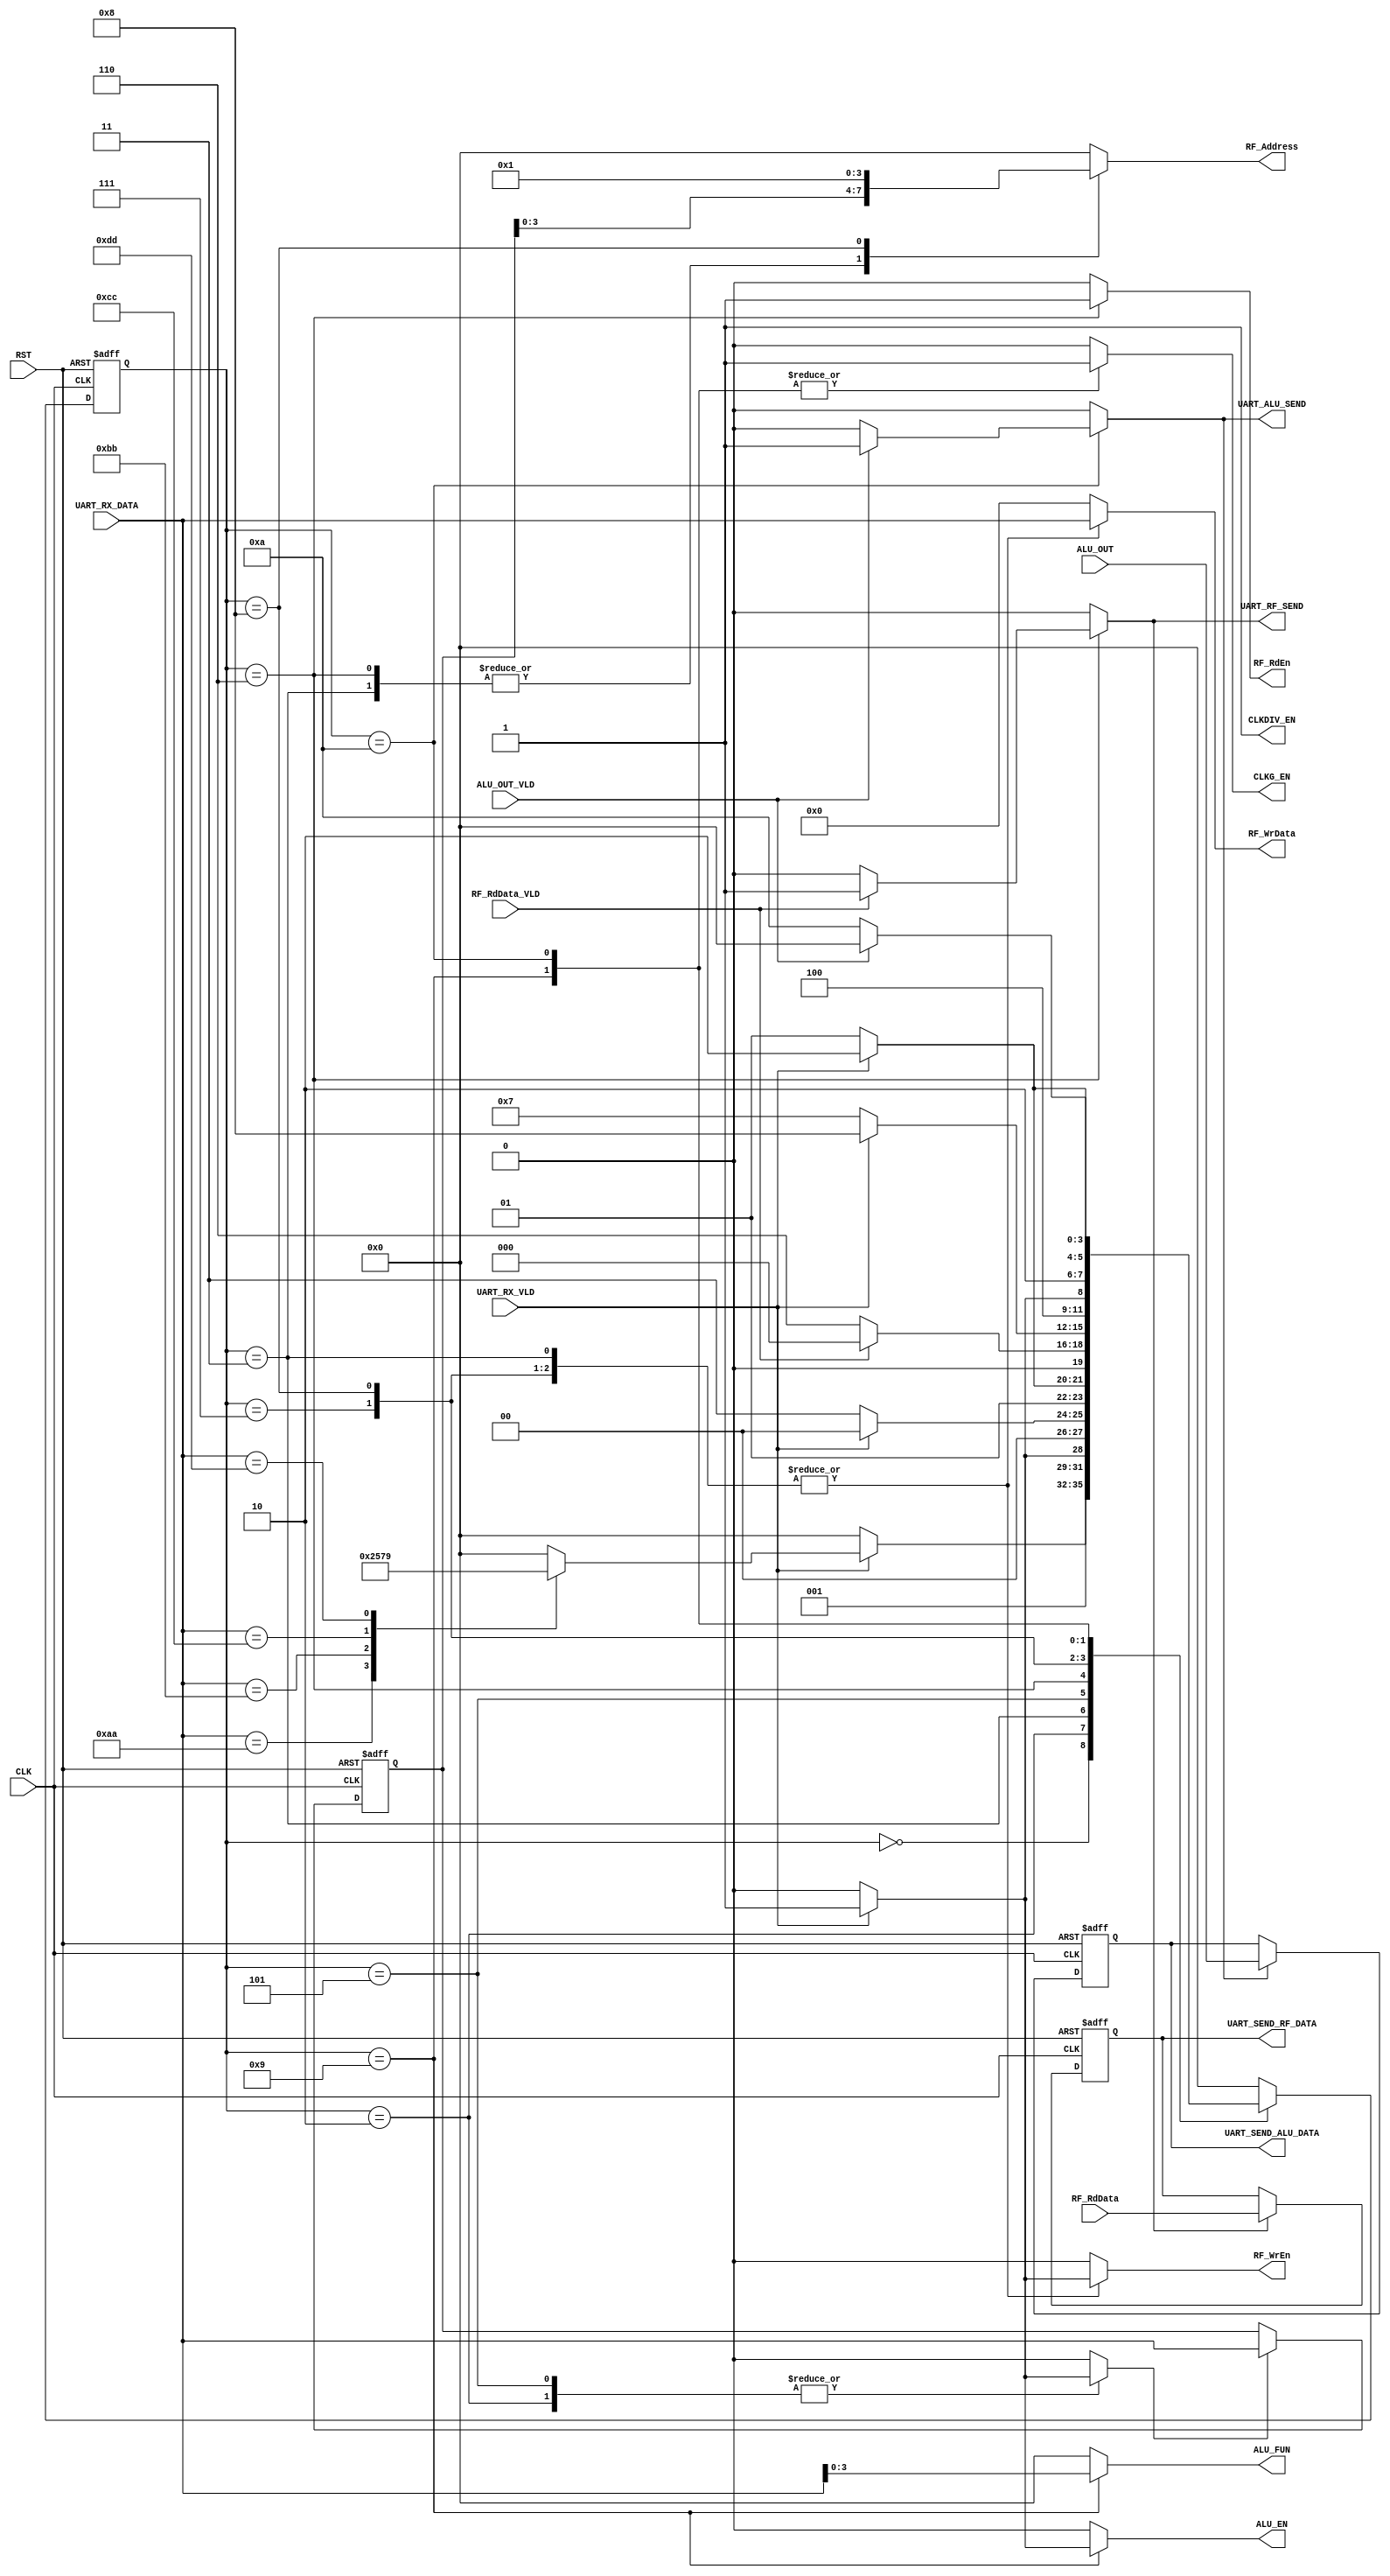

module CTRL_RX #(parameter WIDTH = 8, ADDR = 4 )

(
input    wire                 CLK,
input    wire                 RST,
input    wire   [WIDTH-1:0]   RF_RdData,
input    wire                 RF_RdData_VLD,
input    wire   [WIDTH*2-1:0] ALU_OUT,
input    wire                 ALU_OUT_VLD, 
input    wire   [WIDTH-1:0]   UART_RX_DATA, 
input    wire                 UART_RX_VLD,
output   reg                  ALU_EN,
output   reg    [3:0]         ALU_FUN,  
output   reg                  CLKG_EN, 
output   reg                  CLKDIV_EN,
output   reg                  RF_WrEn,
output   reg                  RF_RdEn,
output   reg   [ADDR-1:0]     RF_Address,
output   reg   [WIDTH-1:0]    RF_WrData,
output   reg                  UART_RF_SEND,
output   reg                  UART_ALU_SEND,
output   reg   [WIDTH-1:0]    UART_SEND_RF_DATA,
output   reg   [WIDTH*2-1:0]  UART_SEND_ALU_DATA  	
);


// state encoding
localparam  [3:0]      IDLE         = 4'b0000 ,
                       WRITE_CMD_S  = 4'b0001 ,
					   WRITE_ADD_S  = 4'b0010 ,
					   WRITE_DAT_S  = 4'b0011 ,
					   READ_CMD_S   = 4'b0100 ,
					   READ_ADD_S   = 4'b0101 ,
					   READ_WAIT_S  = 4'b0110 ,
					   ALU_WP_OPA_S = 4'b0111 ,
					   ALU_WP_OPB_S = 4'b1000 ,					   
					   ALU_OP_FUN_S = 4'b1001 ,
                       ALU_WAIT_O_S = 4'b1010 ;
					   
localparam  [7:0]      RF_WRITE_CMD  = 8'hAA ,
                       RF_READ_CMD   = 8'hBB ,
					   ALU_W_OP_CMD  = 8'hCC ,
					   ALU_WN_OP_CMD = 8'hDD ;
					   
reg         [3:0]      current_state , 
                       next_state    ;
			
reg         [7:0]      RF_ADDR_REG ;

reg                    RF_ADDR_EN   ,
                       RF_RD_STORE  ,
                       ALU_DAT_STOR ;					   


				   
//state transiton 
always @ (posedge CLK or negedge RST)
 begin
  if(!RST)
   begin
    current_state <= IDLE ;
   end
  else
   begin
    current_state <= next_state ;
   end
 end
 

// next state logic
always @ (*)
 begin
  case(current_state)
  IDLE   	: begin
				if(UART_RX_VLD)
			      begin
					case(UART_RX_DATA)  // command
					RF_WRITE_CMD : begin
									next_state = WRITE_ADD_S ;				
								   end
					RF_READ_CMD  : begin
									next_state = READ_ADD_S ;				
								   end
					ALU_W_OP_CMD : begin
									next_state = ALU_WP_OPA_S ;				
								   end
					ALU_WN_OP_CMD: begin
			                        next_state = ALU_OP_FUN_S ;				
								   end							   
					default      : begin
									next_state = IDLE ;				
								   end
					endcase	
				  end
				else
				  begin
					next_state = IDLE ;
				  end
				end			  							  			
  WRITE_ADD_S : begin
				 if(UART_RX_VLD)
			       begin
			        next_state = WRITE_DAT_S ; 				
                   end
			     else
			       begin
			        next_state = WRITE_ADD_S ; 			
                   end			  
                end
  WRITE_DAT_S : begin
				 if(UART_RX_VLD)
			       begin
			        next_state = IDLE ; 				
                   end
			     else
			       begin
			        next_state = WRITE_DAT_S ; 			
                   end			  
                end  		  
  READ_ADD_S  : begin
				 if(UART_RX_VLD)
			       begin
			        next_state = READ_WAIT_S ; 				
                   end
			     else
			       begin
			        next_state = READ_ADD_S ; 			
                   end			  
                end
  READ_WAIT_S : begin
				 if(RF_RdData_VLD)
			       begin
			        next_state = IDLE ; 				
                   end
			     else
			       begin
			        next_state = READ_WAIT_S ; 			
                   end			  
                end			
  ALU_WP_OPA_S: begin
				 if(UART_RX_VLD)
			       begin
			        next_state = ALU_WP_OPB_S ; 				
                   end
			     else
			       begin
			        next_state = ALU_WP_OPA_S ; 			
                   end			  
                end	
  ALU_WP_OPB_S: begin
				 if(UART_RX_VLD)
			       begin
			        next_state = ALU_OP_FUN_S ; 				
                   end
			     else
			       begin
			        next_state = ALU_WP_OPB_S ; 			
                   end			  
                end	
  ALU_OP_FUN_S: begin
				 if(UART_RX_VLD)
			       begin
			        next_state = ALU_WAIT_O_S ; 				
                   end
			     else
			       begin
			        next_state = ALU_OP_FUN_S ; 			
                   end			  
                end	
  ALU_WAIT_O_S: begin
				 if(ALU_OUT_VLD)
			       begin
			        next_state = IDLE ; 				
                   end
			     else
			       begin
			        next_state = ALU_WAIT_O_S ; 			
                   end			  
                end					
  default     : begin
			      next_state = IDLE ; 
                end	
  endcase                 	   
 end 

// output logic
always @ (*)
 begin
   ALU_EN     = 1'b0 ;
   ALU_FUN    = 4'b0 ;  
   CLKG_EN    = 1'b0 ; 
   CLKDIV_EN  = 1'b1 ;
   RF_WrEn    = 1'b0 ;
   RF_RdEn    = 1'b0 ;
   RF_Address =  'b0 ;
   RF_WrData  =  'b0 ;
   RF_ADDR_EN = 1'b0 ;
   UART_RF_SEND  = 1'b0 ; 
   UART_ALU_SEND = 1'b0 ;
   RF_RD_STORE   = 1'b0 ;
   ALU_DAT_STOR  = 1'b0 ;   
  case(current_state)
  IDLE   	  : begin
				  ALU_EN     = 1'b0 ;
				  ALU_FUN    = 4'b0 ;  
				  CLKG_EN    = 1'b0 ; 
				  CLKDIV_EN  = 1'b1 ;
				  RF_WrEn    = 1'b0 ;
				  RF_RdEn    = 1'b0 ;
				  RF_Address =  'b0 ;
				  RF_WrData  =  'b0 ;
				end			  							  			
  WRITE_ADD_S : begin
				 if(UART_RX_VLD)
			       begin
			        RF_ADDR_EN = 1'b1 ; 				
                   end
			     else
			       begin
			        RF_ADDR_EN = 1'b0 ; 			
                   end					   	  
                end
  WRITE_DAT_S : begin
				 if(UART_RX_VLD)
			       begin
				    RF_WrEn    = 1'b1         ;
					RF_Address = RF_ADDR_REG  ;
					RF_WrData  = UART_RX_DATA ;
                   end
			     else
			       begin
				    RF_WrEn    = 1'b0         ;
					RF_Address = RF_ADDR_REG  ;
					RF_WrData  = UART_RX_DATA ; 			
                   end					   	  
                end
  READ_ADD_S  : begin
				 if(UART_RX_VLD)
			       begin
			        RF_ADDR_EN = 1'b1 ; 				
                   end
			     else
			       begin
			        RF_ADDR_EN = 1'b0 ; 			
                   end					   	  
                end
  READ_WAIT_S : begin
				  RF_RdEn    = 1'b1         ;
				  RF_Address = RF_ADDR_REG  ;
				  if(RF_RdData_VLD)
			       begin
			        UART_RF_SEND = 1'b1 ; 
                    RF_RD_STORE  = 1'b1 ;					
                   end
			      else
			       begin
			        UART_RF_SEND = 1'b0 ;	
                    RF_RD_STORE  = 1'b0 ;						
                   end					  
                end		
  ALU_WP_OPA_S: begin
				 if(UART_RX_VLD)
				   begin
				    RF_WrEn    = 1'b1         ;
					RF_Address = 'b00         ;
					RF_WrData  = UART_RX_DATA ;
				   end	
			     else
			       begin
				    RF_WrEn    = 1'b0         ;
					RF_Address = 'b00         ;
					RF_WrData  = UART_RX_DATA ; 			
                   end			  
                end	
  ALU_WP_OPB_S: begin
				 if(UART_RX_VLD)
				  begin
				    RF_WrEn    = 1'b1         ;
					RF_Address = 'b01         ;
					RF_WrData  = UART_RX_DATA ;
				  end	
			     else
			       begin
				    RF_WrEn    = 1'b0         ;
					RF_Address = 'b01         ;
					RF_WrData  = UART_RX_DATA ; 			
                   end			  
                end	
  ALU_OP_FUN_S: begin
				 CLKG_EN = 1'b1 ;  
				 if(UART_RX_VLD)
			       begin
                     ALU_EN  = 1'b1 ;
                     ALU_FUN = UART_RX_DATA ; 			
                   end
			     else
			       begin
                     ALU_EN  = 1'b0 ;
                     ALU_FUN = UART_RX_DATA ; 				
                   end			  
                end	
  ALU_WAIT_O_S: begin
				 CLKG_EN = 1'b1 ;   
				 if(ALU_OUT_VLD)
			       begin
			        UART_ALU_SEND = 1'b1 ; 
                    ALU_DAT_STOR  = 1'b1 ;							
                   end
			      else
			       begin
			        UART_ALU_SEND = 1'b0 ;
                    ALU_DAT_STOR  = 1'b0 ;							
                   end
                end				   
  default     : begin
		    ALU_EN     = 1'b0 ;
		    ALU_FUN    = 4'b0 ;  
		    CLKG_EN    = 1'b0 ; 
	            CLKDIV_EN  = 1'b1 ;
		    RF_WrEn    = 1'b0 ;
		    RF_RdEn    = 1'b0 ;
		    RF_Address =  'b0 ;
		    RF_WrData  =  'b0 ;
                end	
  endcase                 	   
 end 
							  
// **************** storing RF Address **************** //
always @ (posedge CLK or negedge RST)
 begin
  if(!RST)
   begin
    RF_ADDR_REG <= 8'b0 ;
   end
  else
   begin
    if (RF_ADDR_EN)
	 begin	
      RF_ADDR_REG <= UART_RX_DATA ;
	 end 
   end
 end
 
// **************** storing RF READ Data **************** //
always @ (posedge CLK or negedge RST)
 begin
  if(!RST)
   begin
    UART_SEND_RF_DATA <= 8'b0 ;
   end
  else
   begin
    if (RF_RD_STORE)
	 begin
      UART_SEND_RF_DATA <= RF_RdData ;
	 end 
   end
 end
 
// **************** storing ALU Result **************** //
always @ (posedge CLK or negedge RST)
 begin
  if(!RST)
   begin
    UART_SEND_ALU_DATA <= 'b0 ;
   end
  else
   begin
    if (ALU_DAT_STOR)
	 begin
      UART_SEND_ALU_DATA <= ALU_OUT ;
	 end 
   end
 end

endmodule